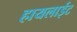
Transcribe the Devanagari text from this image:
हायलाईट